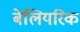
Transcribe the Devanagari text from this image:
बेलियरिक